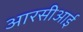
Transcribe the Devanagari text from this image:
आरसीआई